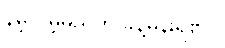
နိမ့်လိမ့်မည်ဟု ခန့်မှန်းရ၏ ။